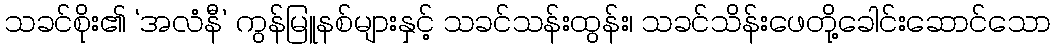
သခင်စိုး၏ ‘အလံနီ’ ကွန်မြူနစ်များနှင့် သခင်သန်းထွန်း၊ သခင်သိန်းဖေတို့ခေါင်းဆောင်သော